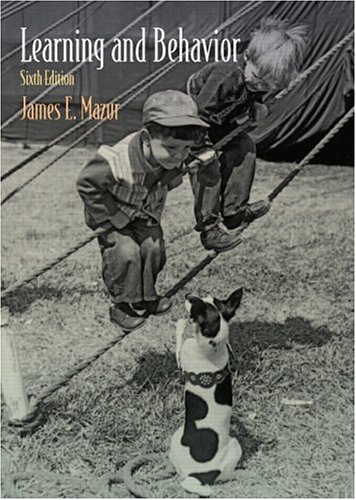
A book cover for Learning and Behavior: Sixth Edition; James E. Mazur; Medical Books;